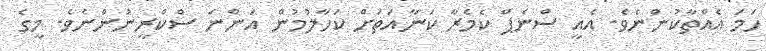
ހަމަ އެއްތާކުންނެވެ. އެއީ ސްނެޕް ކެމެރާ ކަނާއަތަށް ކަހާލުމުން އަންނަ ސްކްރީނުންނެވެ. މީގެ